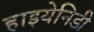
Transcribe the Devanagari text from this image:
हाइयेनिडी